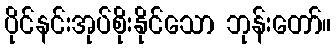
ပိုင်နင်းအုပ်စိုးနိုင်သော ဘုန်းတော်။